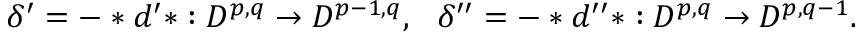
\delta ^ { \prime } = - \ast d ^ { \prime } \ast : { \cal D } ^ { p , q } \rightarrow { \cal D } ^ { p - 1 , q } , \ \ \delta ^ { \prime \prime } = - \ast d ^ { \prime \prime } \ast : { \cal D } ^ { p , q } \rightarrow { \cal D } ^ { p , q - 1 } .